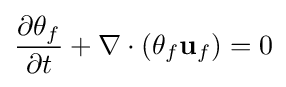
{\frac {\partial \theta _{f}}{\partial t}}+\nabla \cdot (\theta _{f}\mathbf {u} _{f})=0